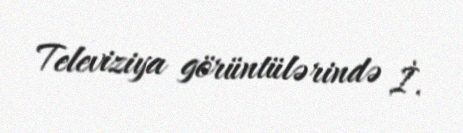
Televiziya görüntülərində İ.